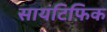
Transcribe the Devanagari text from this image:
सायंटिफ़िक